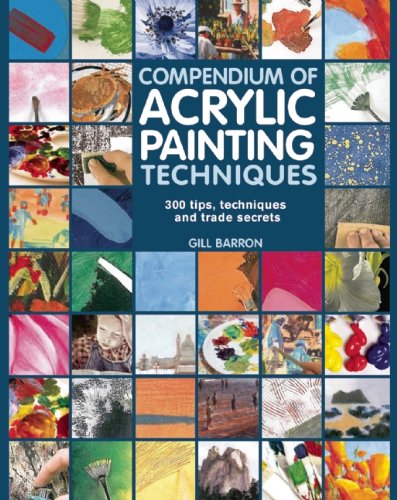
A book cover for Compendium of Acrylic Painting Techniques: 300 Tips, Techniques and Trade Secrets; Gill Barron; Arts & Photography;